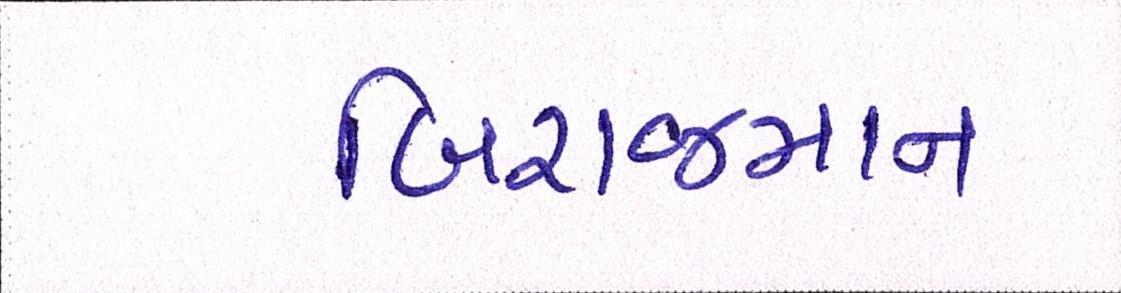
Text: બિરાજમાન